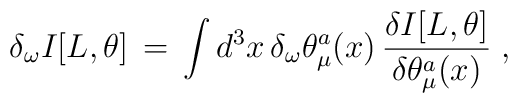
\delta_\omega I[L,\theta] \,=\, \int d^3x \, \delta_\omega\theta_\mu^a (x) \, \frac{\delta I[L,\theta]}{\delta \theta_\mu^a (x)} \;,